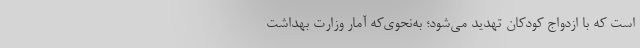
است که با ازدواج کودکان تهدید می‌شود؛ به‌نحوی‌که آمار وزارت بهداشت